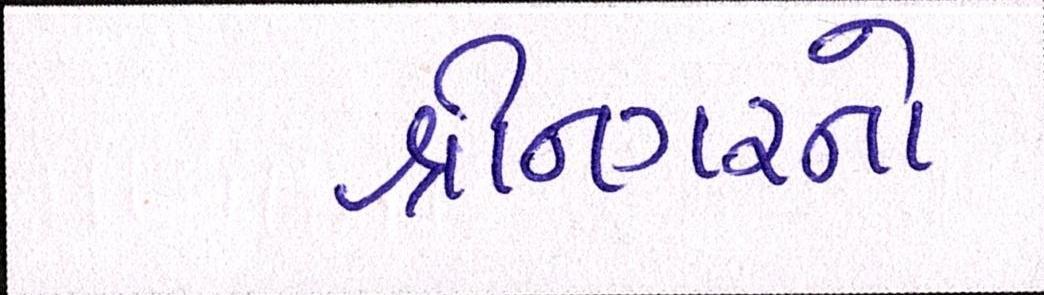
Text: શ્રીનગરનો